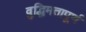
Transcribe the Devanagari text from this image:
वुद्धिमतापूर्ण